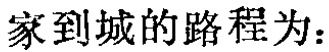
家到城的路程为：